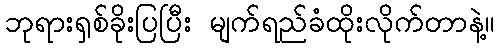
ဘုရားရှစ်ခိုးပြပြီး မျက်ရည်ခံထိုးလိုက်တာနဲ့။